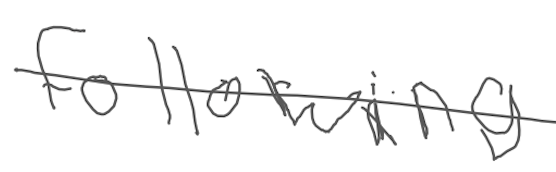
Text: following
Cross-out: single-line
Writing tool: digital_gray